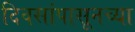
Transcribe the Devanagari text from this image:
दिवसांपासूनच्या